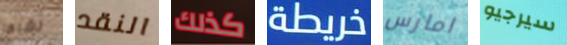
نشرها النقد كذلك خريطة امارس سيرجيو